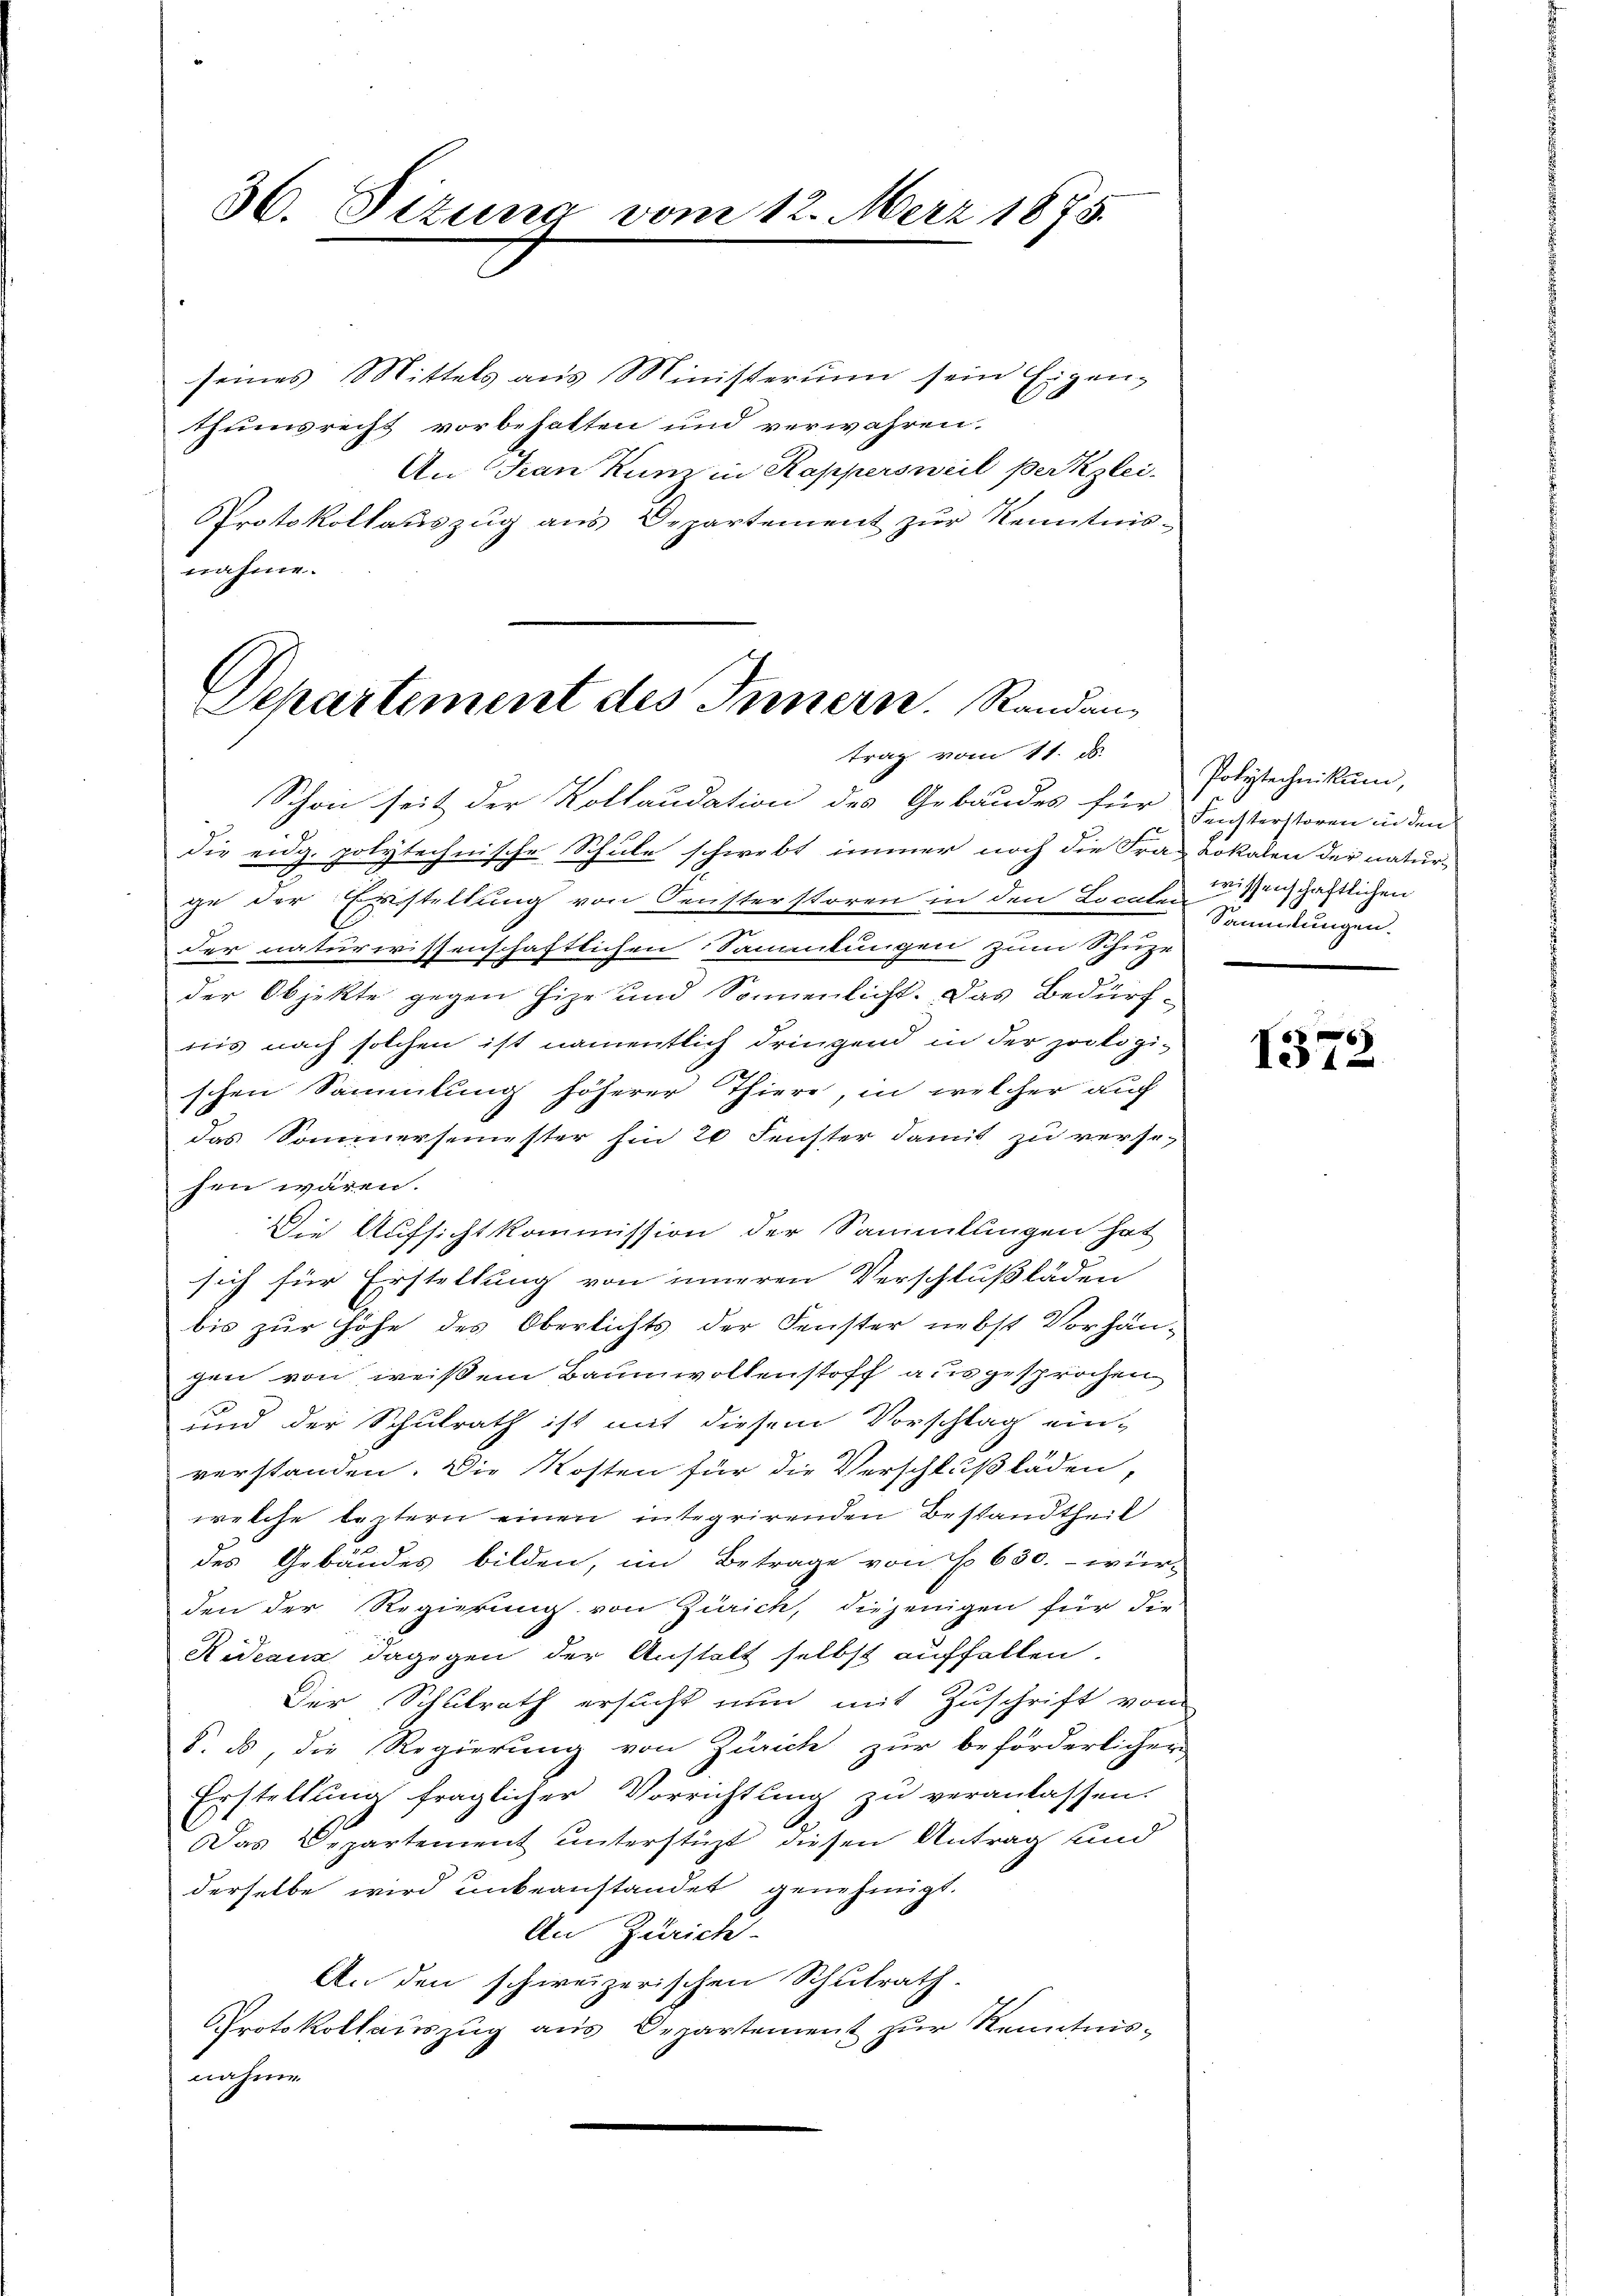
36. Sizung

seines Mittels aus Ministerium sein Eigen-
thumsrecht vorbehalten und verwahren.
An Tan Kunz in Kappersweil perkzlei-
Protokollauszug aus Departement zur Kenntnis-
nahme.

vom 12. März 1875.

Departement des Innern. Randantrag vom 11. ds.

Schon seit der Kollaudation des Gebäudes für Fechterstoren in den
die eidg. polytechnische Schule schwebt immer noch die Frau Lokalen der natur-
ge der Erstellung von Fensterstoren in den Localen Menschaftlichen
der naturwissenschaftlichen Sammlungen zum Schuze
der Objekte gegen Hize und Sonnenlicht. Das Bedürf-
nis nach solchen ist namentlich dringend in der hockogischen Sammlung höherer Thiere, in welcher auch
das Sommersemester hin 20 Fenster damit zu versesen wären.
Die Aufsichtkommission der Sammlungen hat
sich für Erstellung von inneren Verschlußläden
bis zur Höhe des Oberlichts der Fenster nebst Vorhängen von weißem Baumwollenstoff ausgesprochen
und der Schulrath ist mit diesem Vorschlag ein-
verstanden. Die Kosten für die Verschlußläden,
welche leztern einen integrirenden Bestandtheil
des Gebäudes bilden, im Betrage von No 630.- wür-
den der Regierung von Zürich, diejenigen für die
Rideaux dagegen der Anstalt selbst auffallen.
Der Schulrath ersucht nun mit Zuschrift vom
8. es, die Regierung von Zürich zur beförderlicher
Erstellung fraglicher Vorrichtung zu veranlassen.
6.
Das Departement unterstüzt, diesen Antrag und
derselbe wird unbeanstandet genehmigt.
An Zürich.
An den schweizerischen Schulrath.
Protokollauszug aus Departement zur Kenntnisnahme

Polytechnikum,
Sammlungen.

6
131